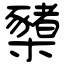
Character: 櫫